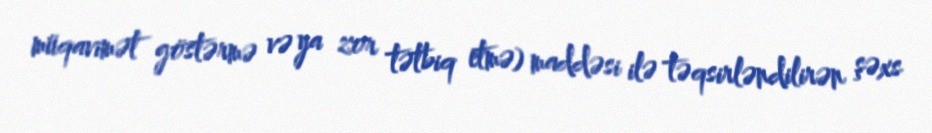
müqavimət göstərmə və ya zor tətbiq etmə) maddəsi ilə təqsirləndilirən şəxs